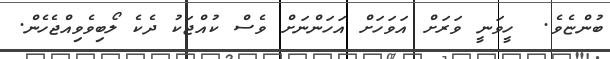
ބުންޏެވެ.  ހީވަނީ ވަރަށް އަވަހަށް އަހަންނަށް ވެސް ކުއްޖަކު ދެކެ ލޯބިވެވިއްޖެހެން.